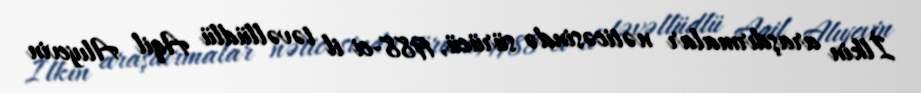
İlkin araşdırmalar nəticəsində sürücü, 1988-ci il təvəllüdlü Aqil Alıyevin